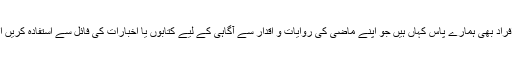
اب تو اس صورتحال کی کھوج لگانے میں دلچسپی لینے والے افراد بھی ہمارے پاس کہاں ہیں جو اپنے ماضی کی روایات و اقدار سے آگاہی کے لیے کتابوں یا اخبارات کی فائل سے استفادہ کریں اب تو ماضی سے کچھ سیکھنے والی نسل ہی عنقا ہو چکی ہے۔